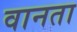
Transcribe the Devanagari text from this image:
वानता